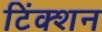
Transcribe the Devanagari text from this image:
टिंक्शन